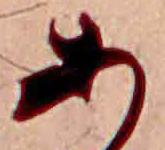
あ